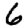
Digit: 6